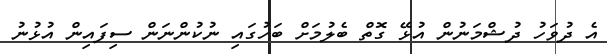
އެ ދުވަހު ދުޝްމަނުން އުޅޭ ގޮތް ބެލުމަށް ބަހުގައި ނުކުންނަން ސިފައިން އުޅުނު